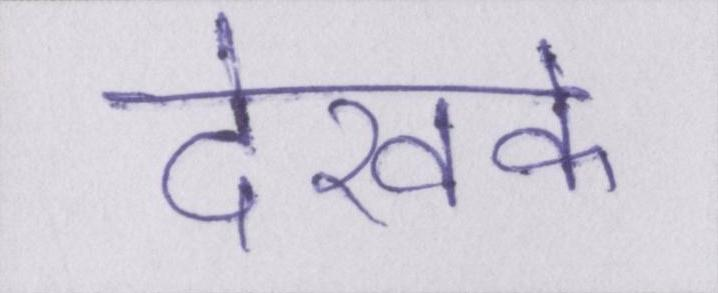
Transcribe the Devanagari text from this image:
देखके